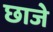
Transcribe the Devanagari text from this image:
छाजे